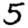
Digit: 5